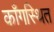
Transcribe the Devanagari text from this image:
काँगस्थित